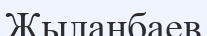
Жыланбаев